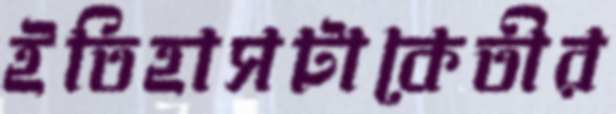
ইতিহাসটাকেতীর